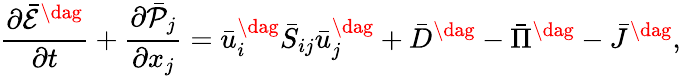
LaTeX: \frac{{\partial{{\bar{\mathcal E}}^{\dag}}}}{{\partial t}}+\frac{{\partial{{\bar{\mathcal P}}_{j}}}}{{\partial{x_{j}}}}=\bar{u}_{i}^{\dag}{{\bar{S}}_{ij}}\bar{u}_{j}^{\dag}+{{\bar{D}}^{\dag}}-{{\bar{\Pi}}^{\dag}}-{{\bar{J}}^{\dag}},